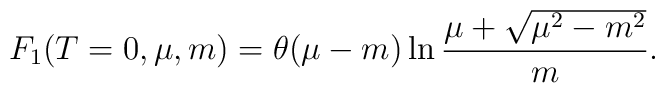
F_1(T=0,\mu,m)=\theta(\mu-m)\ln\frac{\mu+\sqrt{\mu^2-m^2}}{m}.